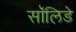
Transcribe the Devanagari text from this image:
सॉलिडे